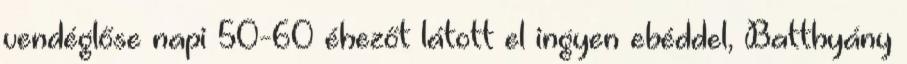
vendéglőse napi 50-60 éhezőt látott el ingyen ebéddel, Batthyány